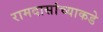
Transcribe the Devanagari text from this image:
रामदासांच्याकडे